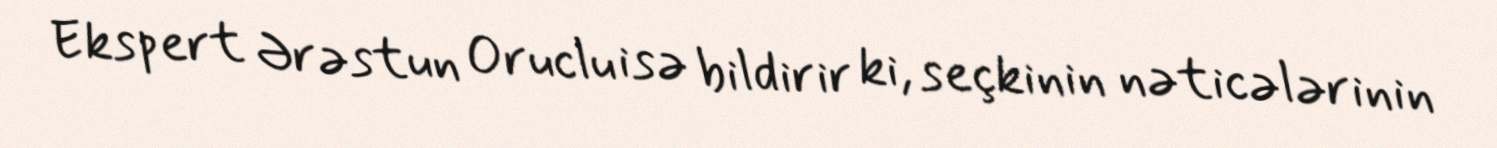
Ekspert Ərəstun Oruclu isə bildirir ki, seçkinin nəticələrinin